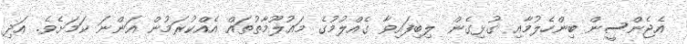
އެޖެންސީން ބިންހެލުމާއި ގުޅިގެން ލިބިފައިވާ ގެއްލުމުގެ މައުލޫމާތުތައް އެއްކުރަމުން އަންނަ ކަމަށެވެ. އަދި